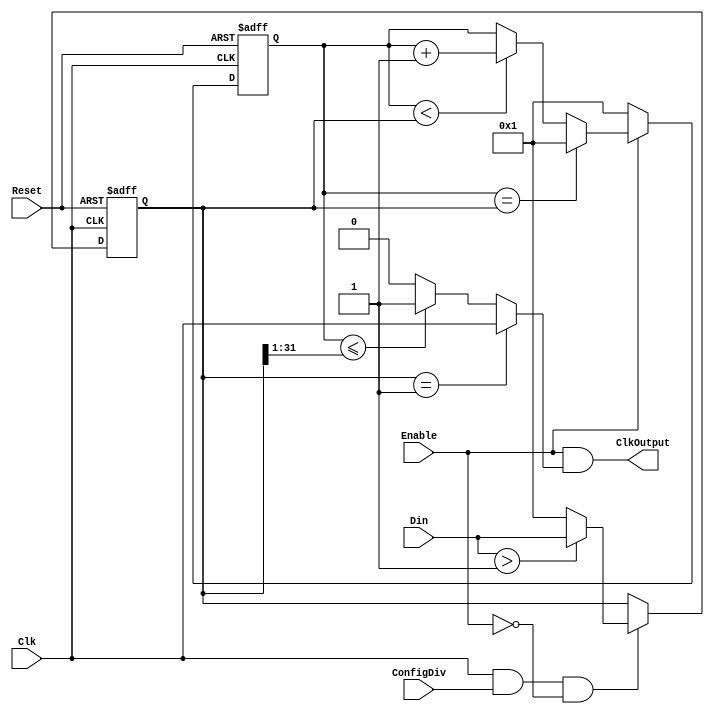
`timescale 1ns/1ps 

module FrequencyDivider(
    input Reset,
    input Clk,

    input[31:0] Din,
    input ConfigDiv,
    input Enable,

    output ClkOutput
);
    reg[31:0] FrequenceDivTarget;
    reg[31:0] CountFreqDiv;


    assign ClkOutput = Enable && (FrequenceDivTarget == 1'b1 ? Clk : CountFreqDiv <= (FrequenceDivTarget >> 1) ? 1'b1: 1'b0);

    //Configure Divider
    always @(posedge Clk, posedge Reset)begin
        if(Reset)begin
            FrequenceDivTarget <= 32'h1;
        end else if (Clk && ConfigDiv && !Enable) begin //Nu pot configura generatorul in timp ce functioneaza
            if(Din > 1'b1)begin
                FrequenceDivTarget <= Din;
            end else begin
                FrequenceDivTarget <= 1'b1;
            end
        end
    end

    //Generare clock
    always @(posedge Clk, posedge Reset)begin
        if(Reset)begin
            CountFreqDiv <= 32'h1;
        end else if (Clk) begin
            if (Enable) begin
                if (CountFreqDiv == FrequenceDivTarget)begin
                    CountFreqDiv <= 1;
                end else if( CountFreqDiv < FrequenceDivTarget) begin
                    CountFreqDiv <= CountFreqDiv + 1'b1;
                end
            end else if (!Enable) begin
                CountFreqDiv <= 32'h1;
            end
        end
    end

endmodule